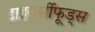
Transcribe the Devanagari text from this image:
डाइवर्सीफूड्स